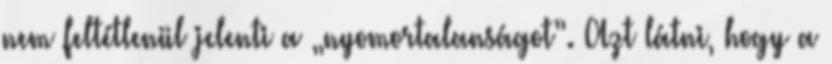
nem feltétlenül jelenti a „nyomortalanságot”. Azt látni, hogy a